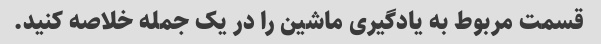
قسمت مربوط به یادگیری ماشین را در یک جمله خلاصه کنید.